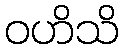
ဝဟိသိ